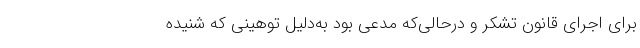
برای اجرای قانون تشکر و درحالی‌که مدعی بود به‌دلیل توهینی که شنیده